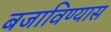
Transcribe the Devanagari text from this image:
बजाविण्यास